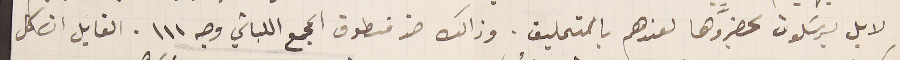
لا بل يرسَلون ىحضرَّوها لعندهم بالتمليق. وذالك ضد منطوق المجمع اللبناني وجه ١١١. القايل ان كل